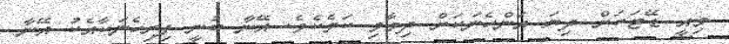
މިއީ ޑޭޓަކަށް ދިޔަ އަންހެނަކަށް ދިމާވި ކަމެކެެވެ. އޭނާ ބުނީ ފިރިހެނަކާއެކު އޭނާ